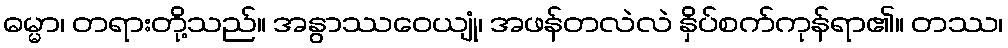
ဓမ္မာ၊ တရားတို့သည်။ အနွာဿဝေယျုံ၊ အဖန်တလဲလဲ နှိပ်စက်ကုန်ရာ၏။ တဿ၊